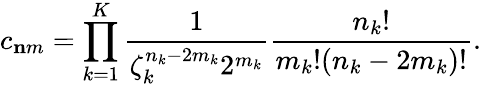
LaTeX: c_{\mathbf nm}=\prod_{k=1}^{K}\frac{1}{\zeta_{k}^{n_{k}-2m_{k}}2^{m_{k}}}\frac{n_{k}!}{m_{k}!(n_{k}-2m_{k})!}.